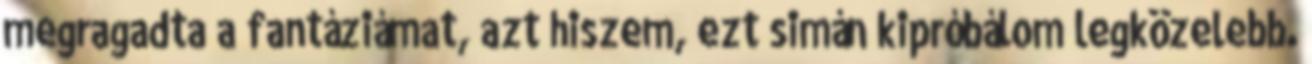
megragadta a fantáziámat, azt hiszem, ezt simán kipróbálom legközelebb.